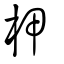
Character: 柙